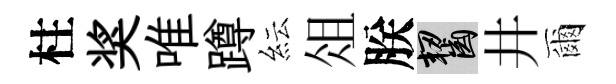
柱奖唯蹲紜俎朕齧井爾